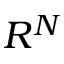
R ^ { N }